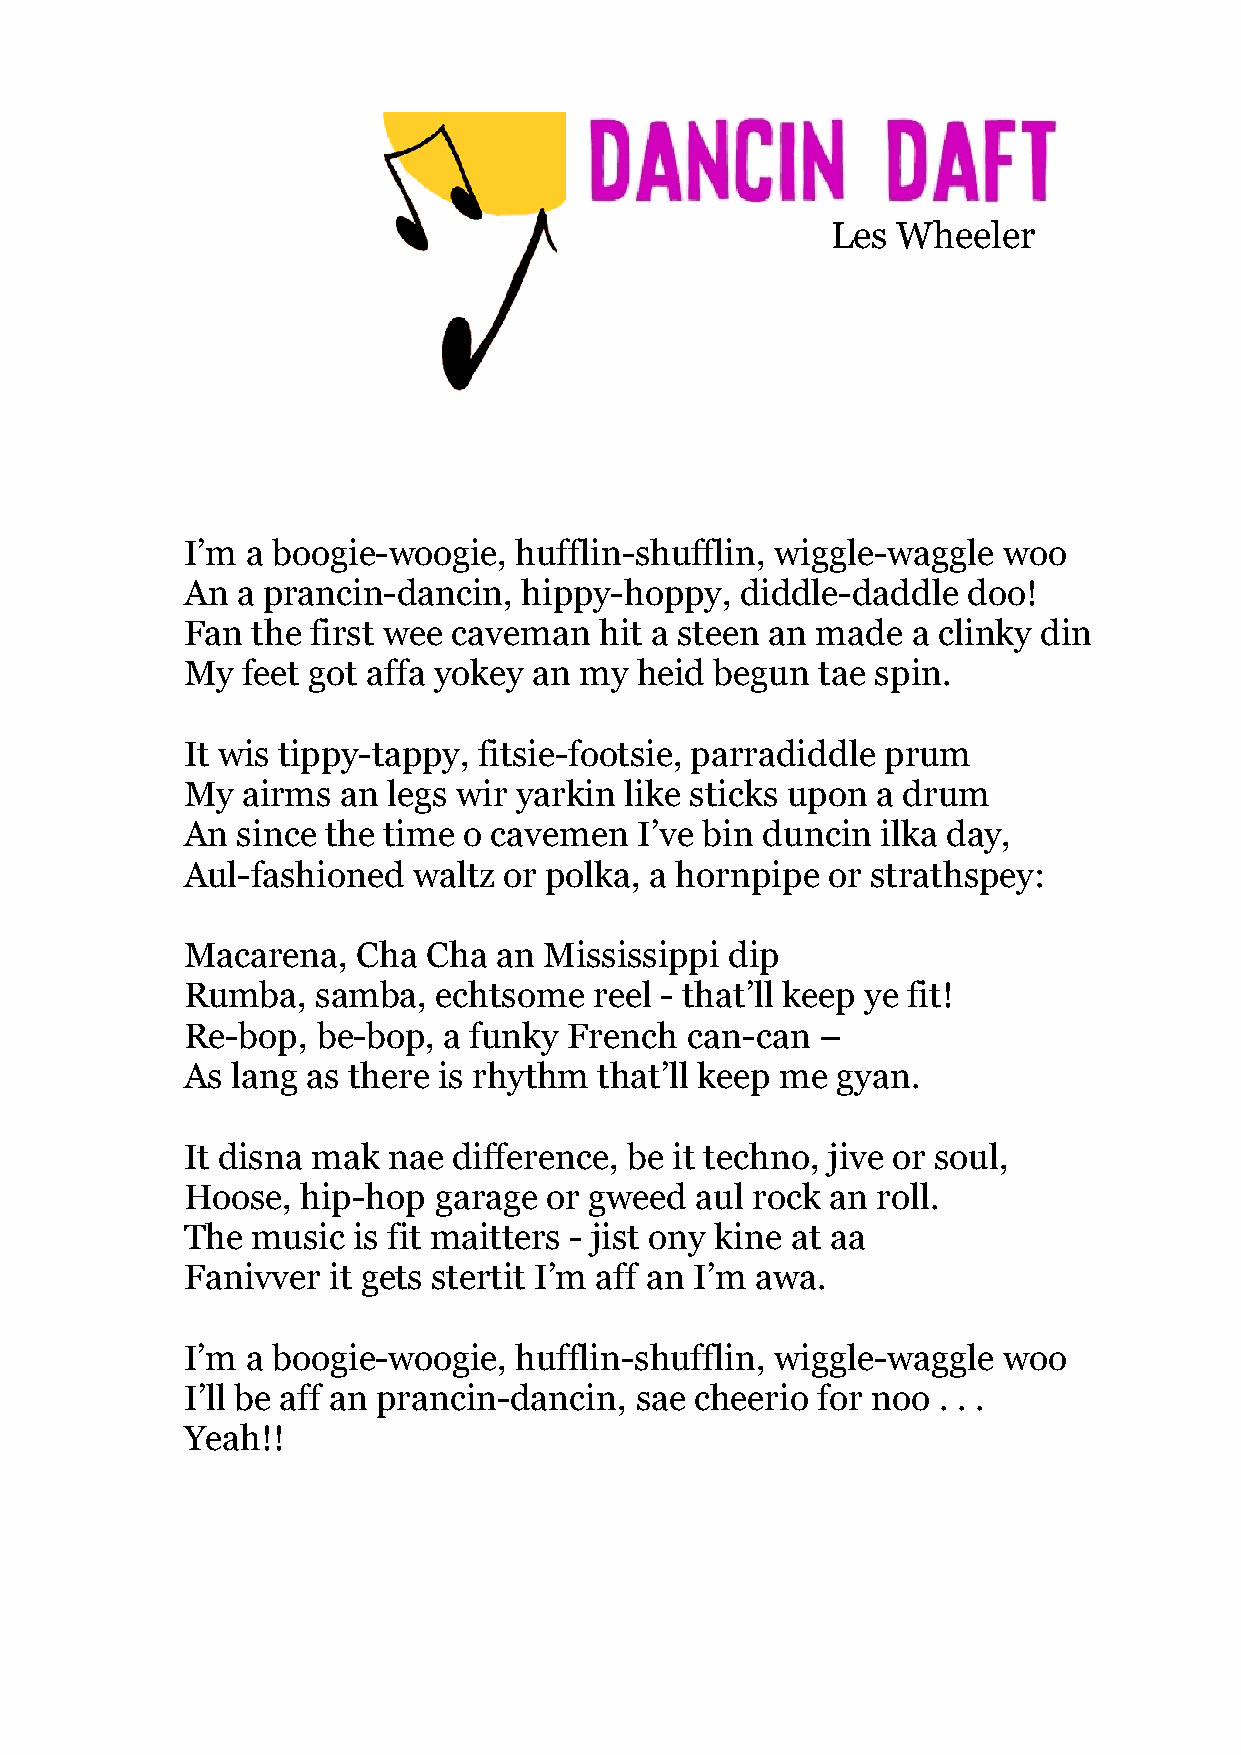
Les Wheeler
 Dancing Daft
 I’m a boogie-woogie,  hufflin-shufflin, wiggle-waggle woo
 An  a prancin-dancin,  hippy-hoppy,  diddle-daddle  doo!
 Fan  the first wee caveman  hit a steen an made a clinky din
 My  feet got affa yokey an my heid begun  tae spin.
 It wis tippy-tappy, fitsie-footsie, parradiddle prum
 My  airms  an legs wir yarkin like sticks upon a drum
 An  since the time o cavemen  I’ve bin duncin ilka day,
 Aul-fashioned  waltz or polka, a hornpipe  or strathspey:
 Macarena,   Cha Cha  an Mississippi dip
 Rumba,   samba,  echtsome  reel - that’ll keep ye fit!
 Re-bop,  be-bop, a funky  French can-can  –
 As lang as there is rhythm  that’ll keep me gyan.
 It disna mak  nae difference, be it techno, jive or soul,
 Hoose,  hip-hop  garage or gweed  aul rock an roll.
 The  music is fit maitters - jist ony kine at aa
 Fanivver  it gets stertit I’m aff an I’m awa.
 I’m a boogie-woogie,  hufflin-shufflin, wiggle-waggle woo
 I’ll be aff an prancin-dancin, sae cheerio for noo . . .
 Yeah!!